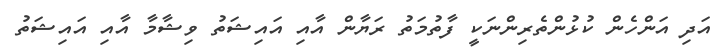
އަދި އަންހެން ކުޅުންތެރިންނަކީ ފާތުމަތު ރަޔާން އާއި އައިޝަތު ވިޝާމާ އާއި އައިޝަތު